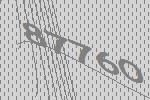
87760